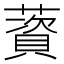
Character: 薋